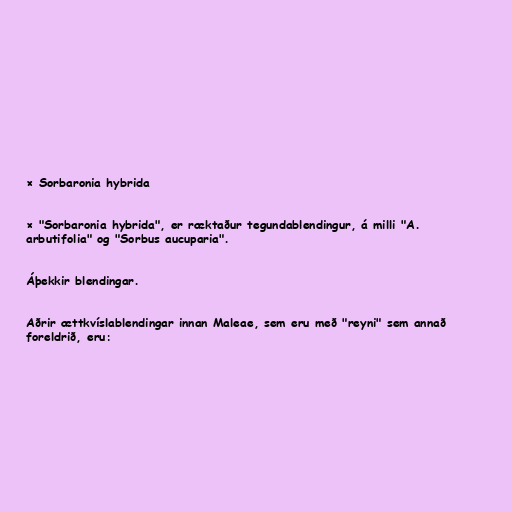
× Sorbaronia hybrida

× "Sorbaronia hybrida", er ræktaður tegundablendingur, á milli "A.
arbutifolia" og "Sorbus aucuparia".

Áþekkir blendingar.

Aðrir ættkvíslablendingar innan Maleae, sem eru með "reyni" sem annað
foreldrið, eru: